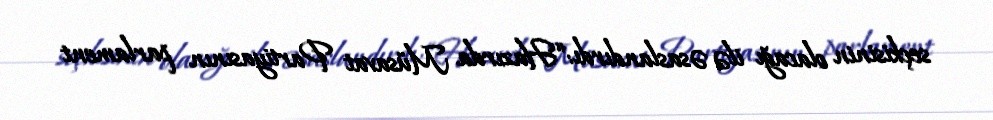
seçkisinin olacağı ilə əsaslandırdı: “Hazırda Müsavat Partiyasının parlament